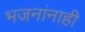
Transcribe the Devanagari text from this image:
भजनांनाही